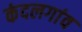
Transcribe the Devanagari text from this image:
कंदलगांव